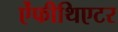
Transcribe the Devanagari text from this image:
ऐंफीथिएटर